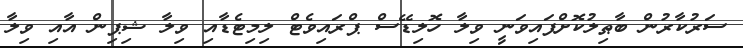
ސަރުކާރުން ބާޠިލުކޮށްފައިވަނީ ވިލާ ހޮލިޑޭސް ޕްރައިވެޓް ލިމިޓެޑާއި ވިލާ ޝިޕިން އާއި ވިލާ